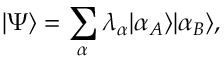
\vert \Psi \rangle = \sum _ { \alpha } \lambda _ { \alpha } \vert \alpha _ { A } \rangle \vert \alpha _ { B } \rangle ,